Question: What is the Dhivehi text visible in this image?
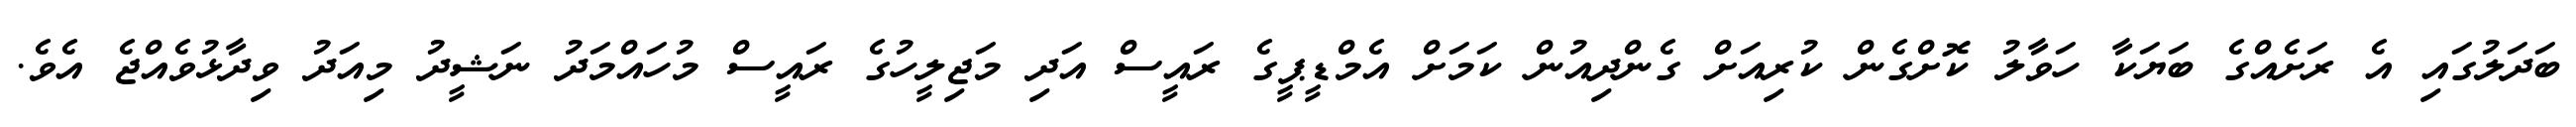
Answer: ބަދަލުގައި އެ ރަށެއްގެ ބަޔަކާ ހަވާލު ކޮށްގެން ކުރިއަށް ގެންދިއުން ކަމަށް އެމްޑީޕީގެ ރައީސް އަދި މަޖިލީހުގެ ރައީސް މުހައްމަދު ނަޝީދު މިއަދު ވިދާޅުވެއްޖެ އެވެ.